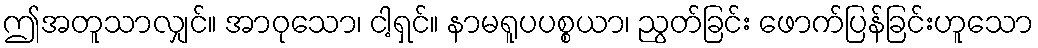
ဤအတူသာလျှင်။ အာဝုသော၊ ငါ့ရှင်။ နာမရူပပစ္စယာ၊ ညွတ်ခြင်း ဖောက်ပြန်ခြင်းဟူသော